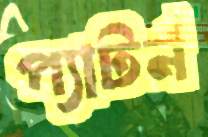
প্যাটর্ন